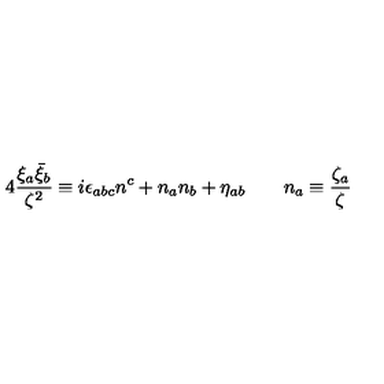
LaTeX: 4 \frac { \xi _ { a } \bar { \xi } _ { b } } { \zeta ^ { 2 } } \equiv i \epsilon _ { a b c } n ^ { c } + n _ { a } n _ { b } + \eta _ { a b } \qquad n _ { a } \equiv \frac { \zeta _ { a } } { \zeta }